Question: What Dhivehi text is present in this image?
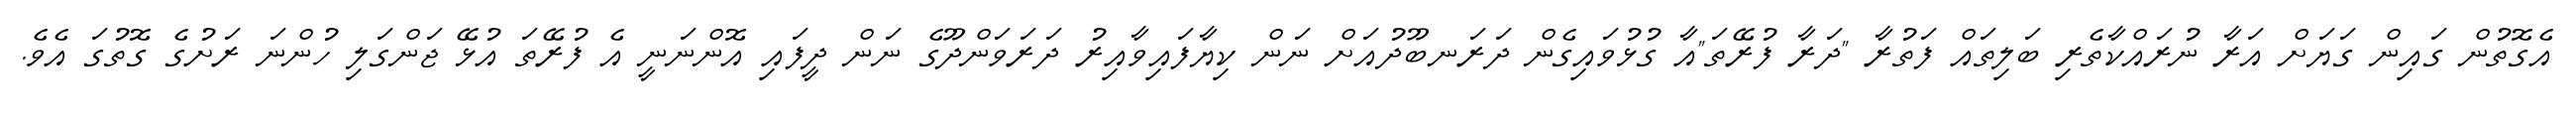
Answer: އެގޮތުން ގައިން ގަޔަށް އަރާ ނުރައްކާތެރި ބަލިތައް ފަތުރާ "ދަރާ ފުރޭތަ"އާ ގުޅުވައިގެން ދަރަނބޫދުއަށް ނަން ކިޔާފައިވާއިރު ދަރަވަންދޫގެ ނަން ދީފައި އޮންނަނީ އެ ފުރޭތަ އުޅޭ ޖަންގަލި ހުންނަ ރަށުގެ ގޮތުގަ އެވެ.